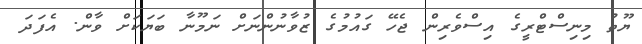
ޔޫތު މިނިސްޓްރީގެ އިސްވެރިން ޖެހޭ ގައުމުގެ ޒުވާނުންނަށް ނަމޫނާ ބަޔަކަށް ވާން. އެފަދަ